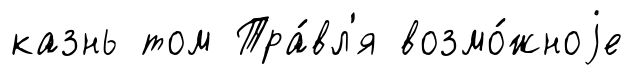
казнь том Тра́вл'я возмо́жноjе